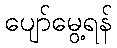
ပျော်မွေ့ရန်